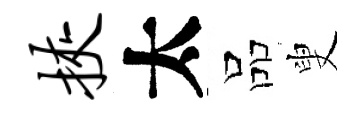
挟太品叟